King Institute of Preventive Medicine Bacteriolog. Section reports 1907-08
Year: 1907
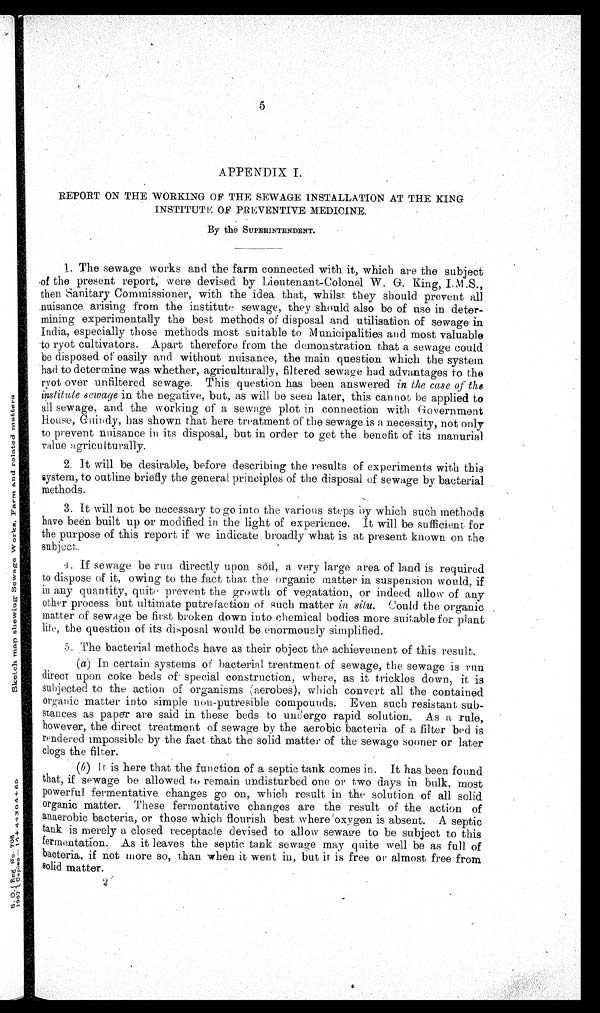
5
APPENDIX I.
REPORT ON THE WORKING OF THE SEWAGE INSTALLATION AT THE KING
INSTITUTE OF PREVENTIVE MEDICINE.
By the SUPERINTENDENT.
1. The sewage works and the farm connected with it, which are the subject
of the present report, were devised by Lieutenant-Colonel W. G. King,
then Sanitary Commissioner, with the idea that, whilst they should prevent all
nuisance arising from the institute sewage, they should also be of use in deter-
mining experimentally the best methods of disposal and utilisation of sewage in
India, especially those methods most suitable to Municipalities and most valuable
to ryot cultivators. Apart therefore from the demonstration that a sewage could
be disposed of easily and without nuisance, the main question which the system
had to determine was whether, agriculturally, filtered sewage had advantages to the
ryot over unfiltered sewage. This question has been answered in the case of the.
institute Sewage in the negative, but, as will be seen later, this cannot be applied to
all sewage, and the working of a sewage plot in connection with Government
House, Guindy, has shown that here treatment of the sewage is a necessity, not only
to prevent nuisance in its disposal, but in order to get the benefit of its manurial
value agriculturally.
2. It will be desirable, before describing the results of experiments with this
system, to outline briefly the general principles of the disposal of sewage by bacterial
methods.
3. 3. It will not be necessary to go into the various steps by which such methods
have been built up or modified in the light of experience. It will be sufficient for
the purpose of this report if we indicate broadly what is at present known on the
subject.
4. If sewage be run directly upon soil, a very large area of land is required
to dispose of it, owing to the fact that the organic matter in suspension would, if
in any quantity, quite prevent the growth of vegetation, or indeed allow of any
other process but ultimate putrefaction of such matter in situ. Could the organic
matter of sewage be first broken down into chemical bodies more suitable for plant
life, the question of its disposal would be enormously simplified.
5. The bacterial methods have as their object the achievement of this result.
( a) In certain systems of bacterial treatment of sewage, the sewage is run
direct upon coke beds of special construction, where, as it trickles down, it is
subjected to the action of organisms (aerobes), which convert all the contained
organic matter into simple non-putresible compounds. Even such resistant sub-
stances as paper are said in - these beds to undergo rapid solution. As a rule,
however, the direct treatment of sewage by the aerobic bacteria of a filter bed is
rendered impossible by the fact that the solid matter of the sewage sooner or later
clogs the filter.
(b
) it is here that the function of a septic tank comes in. It has been found
that, if sewage he allowed to remain undisturbed one or two days in bulk, most
powerful fermentative changes go on, which result in the solution of all solid
organic matter. These fermentative changes are the result of the action of
anaerobic bacteria, or those which flourish best where oxygen is absent. A septic
tank is merely a closed receptacle devised to allow sewage to be subject to this
fermentation. As it leaves the septic tank sewage may quite well be as full of
bacteria, if not wore so, than when it went in, but it is free or almost free from
solid matter.